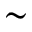
\sim